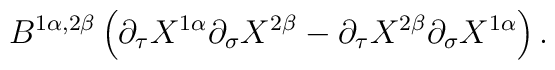
B^{1\alpha ,2\beta }\left( \partial _{\tau }X^{1\alpha }\partial _{\sigma}X^{2\beta }-\partial _{\tau }X^{2\beta }\partial _{\sigma }X^{1\alpha}\right) .